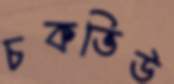
চকভিউ